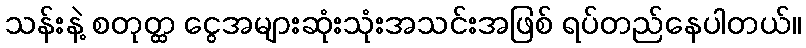
သန်းနဲ့ စတုတ္ထ ငွေအများဆုံးသုံးအသင်းအဖြစ် ရပ်တည်နေပါတယ်။